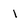
Character: 1